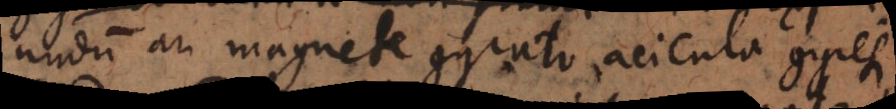
undum an magnete gyrato acicula gyretur,